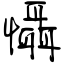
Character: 懾